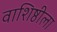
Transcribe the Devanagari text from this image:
वाशिष्ठीला